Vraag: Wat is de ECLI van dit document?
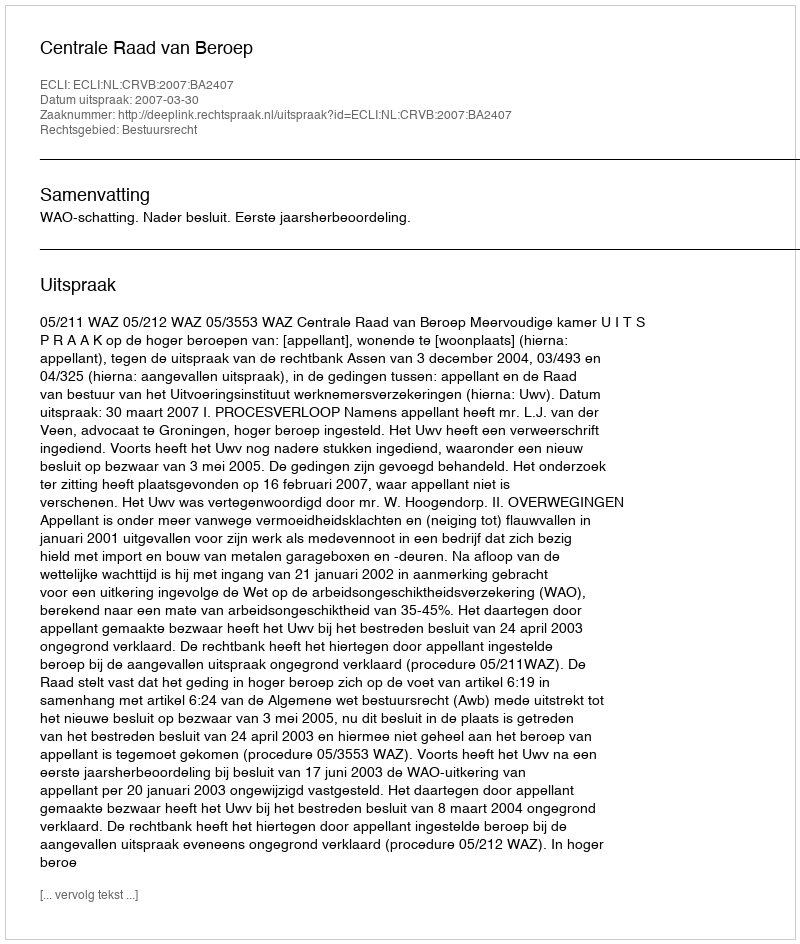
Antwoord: ECLI:NL:CRVB:2007:BA2407